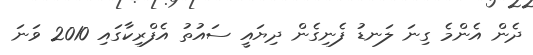
ދެން އެންމެ ގިނަ ލަނޑު ފެނިގެން ދިޔައީ ސައުތު އެފްރިކާގައި 2010 ވަނަ